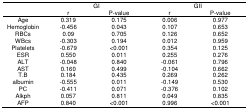
<table><thead><tr><td></td><td colspan="2"><b>GI</b></td><td colspan="2"><b>GII</b></td></tr><tr><td></td><td><b>r</b></td><td><b>P-value</b></td><td><b>r</b></td><td><b>P-value</b></td></tr></thead><tbody><tr><td>Age</td><td>0.319</td><td>0.175</td><td>0.006</td><td>0.977</td></tr><tr><td>Hemoglobin</td><td>-0.456</td><td>0.043</td><td>0.107</td><td>0.653</td></tr><tr><td>RBCs</td><td>0.09</td><td>0.705</td><td>0.126</td><td>0.652</td></tr><tr><td>WBcs</td><td>-0.303</td><td>0.194</td><td>0.012</td><td>0.959</td></tr><tr><td>Platelets</td><td>-0.679</td><td>&lt;0.001</td><td>0.354</td><td>0.125</td></tr><tr><td>ESR</td><td>0.550</td><td>0.011</td><td>0.255</td><td>0.276</td></tr><tr><td>ALT</td><td>-0.048</td><td>0.840</td><td>-0.061</td><td>0.796</td></tr><tr><td>AST</td><td>0.160</td><td>0.499</td><td>-0.104</td><td>0.662</td></tr><tr><td>T.B</td><td>0.184</td><td>0.435</td><td>0.269</td><td>0.262</td></tr><tr><td>albumin</td><td>-0.555</td><td>0.011</td><td>-0.149</td><td>0.530</td></tr><tr><td>PC</td><td>-0.411</td><td>0.071</td><td>-0.376</td><td>0.102</td></tr><tr><td>Alkph</td><td>0.057</td><td>0.811</td><td>0.049</td><td>0.835</td></tr><tr><td>AFP</td><td>0.840</td><td>&lt;0.001</td><td>0.996</td><td>&lt;0.001</td></tr></tbody></table>